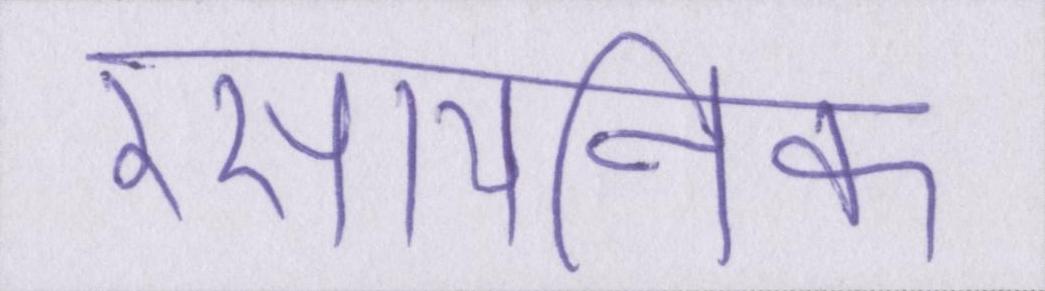
रसायनिक